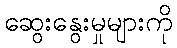
ဆွေးနွေးမှုများကို